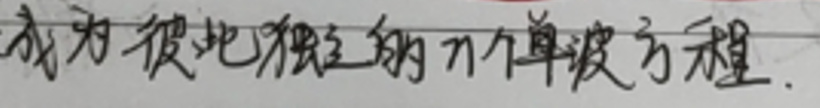
成为彼此独立的 \(n\) 个单波方程.